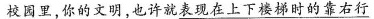
校园里，你的文明，也许就\underline{表现在上下楼梯时的靠右行}